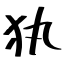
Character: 犱